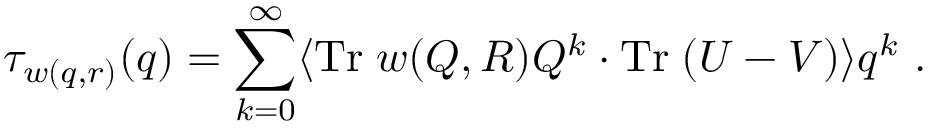
\tau _ { w ( q , r ) } ( q ) = \sum _ { k = 0 } ^ { \infty } \langle \mathrm { T r } \; w ( Q , R ) Q ^ { k } \cdot \mathrm { T r } \; ( U - V ) \rangle q ^ { k } \ .